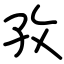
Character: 孜